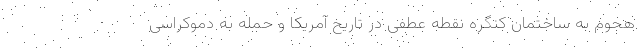
هجوم به ساختمان کنگره نقطه عطفی در تاریخ آمریکا و حمله به دموکراسی